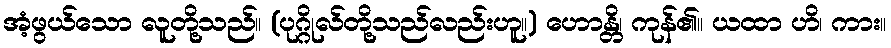
အံ့ဖွယ်သော လူတို့သည်။ (ပုဂ္ဂိုလ်တို့သည်လည်းဟူ။) ဟောန္တိ၊ ကုန်၏။ ယထာ ဟိ၊ ကား။